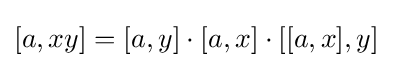
[a,xy]=[a,y]\cdot [a,x]\cdot [[a,x],y]